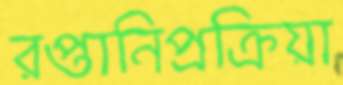
রপ্তানিপ্রক্রিয়া